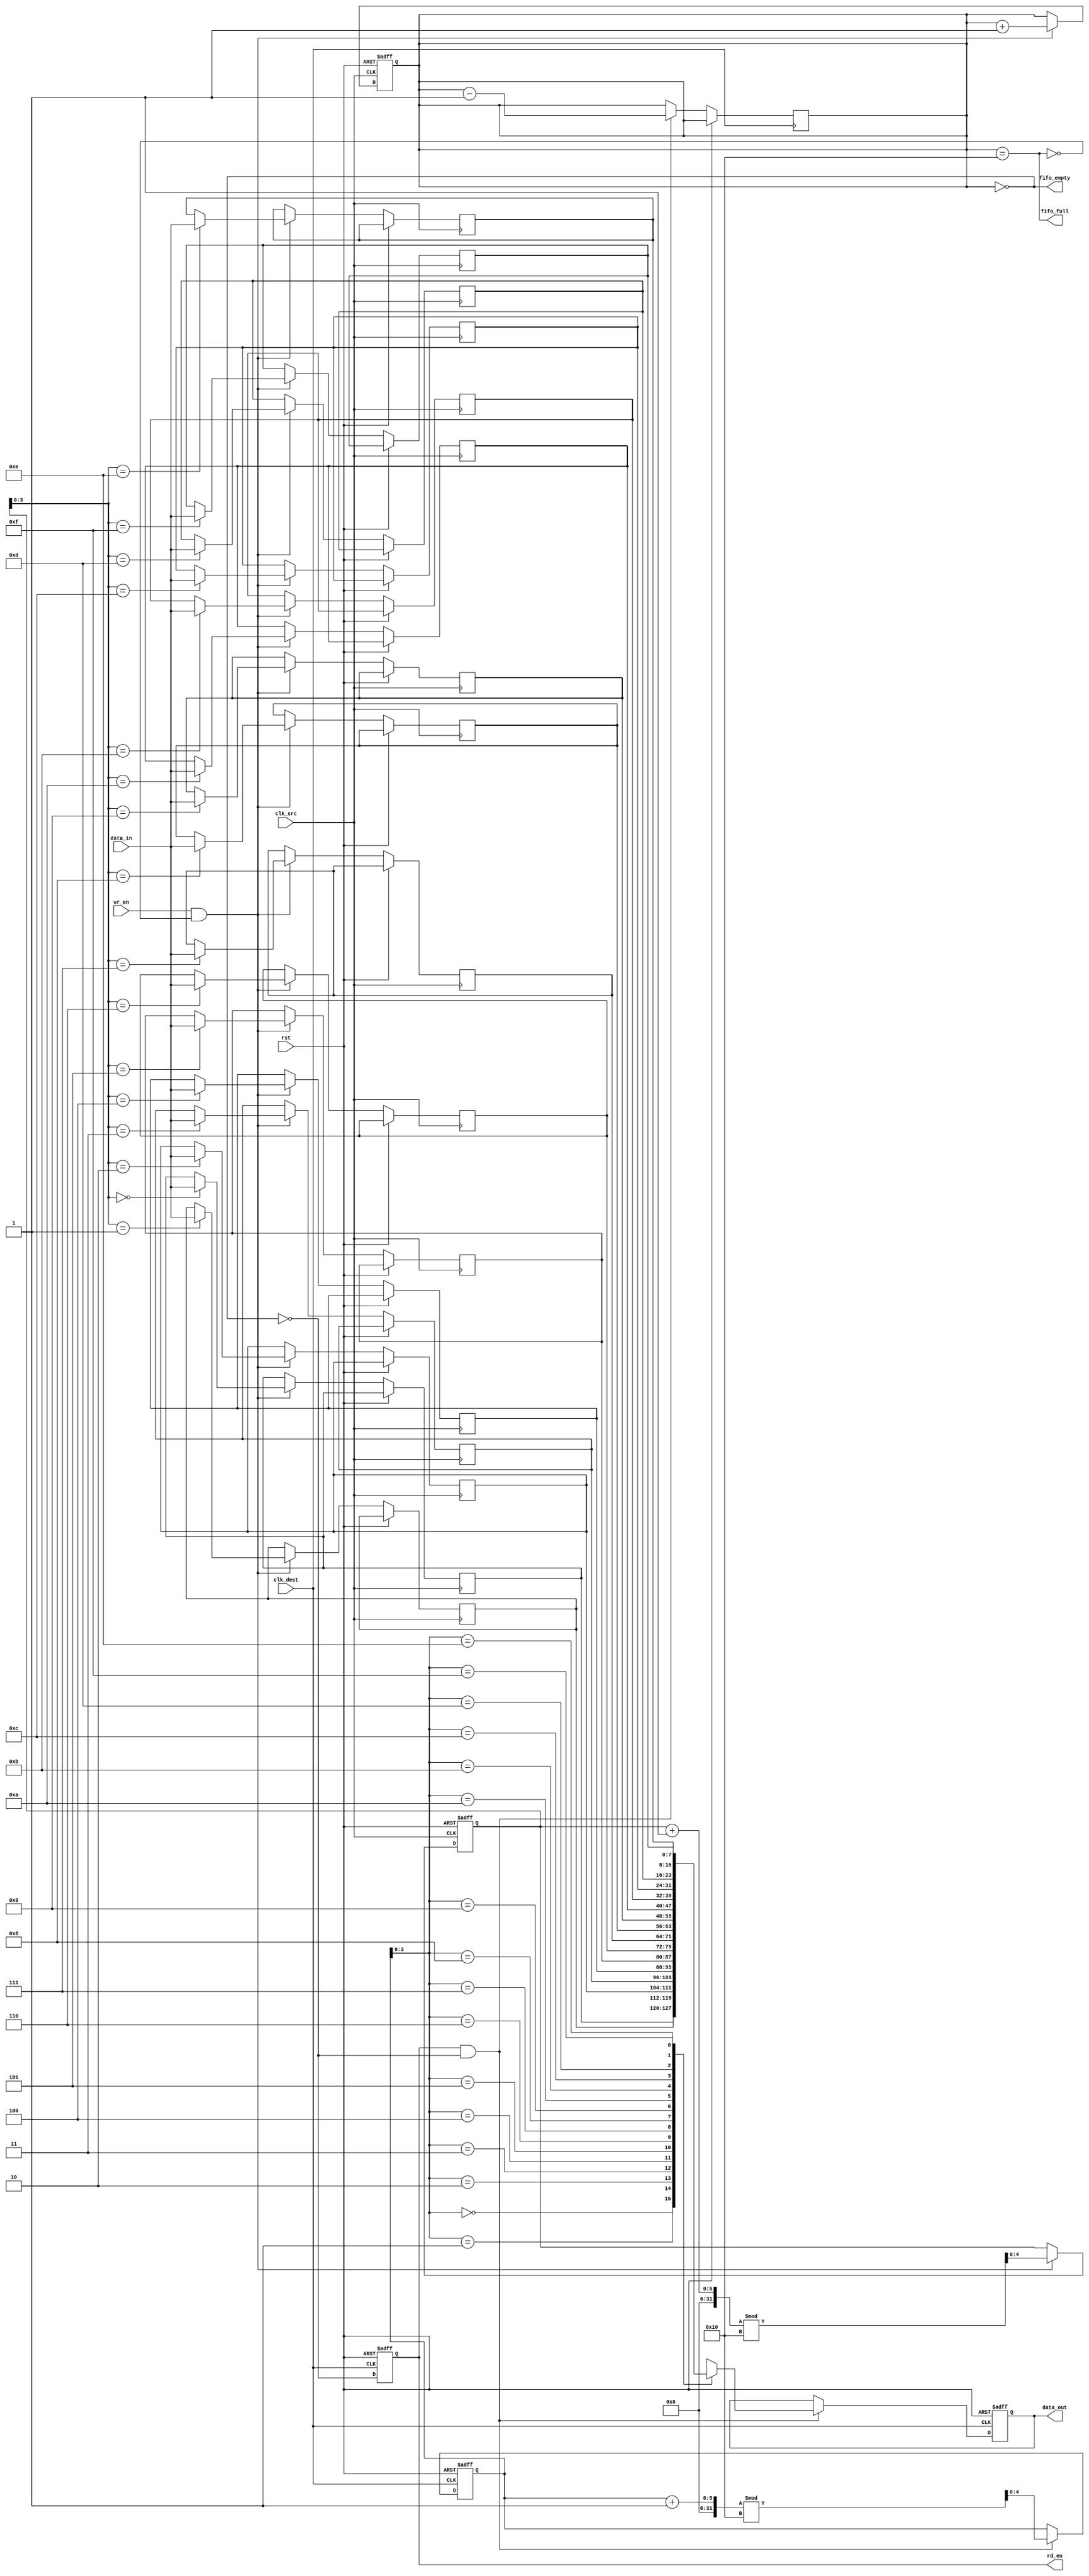
module fifo_synchronizer #(
    parameter DATA_WIDTH = 8,  // Width of the data
    parameter FIFO_DEPTH = 16   // Depth of the FIFO
)(
    input wire clk_src,         // Source clock
    input wire clk_dest,        // Destination clock
    input wire rst,             // Asynchronous reset
    input wire wr_en,           // Write enable signal
    input wire [DATA_WIDTH-1:0] data_in, // Data input
    output wire rd_en,          // Read enable signal
    output wire [DATA_WIDTH-1:0] data_out, // Data output
    output wire fifo_full,      // FIFO full status
    output wire fifo_empty       // FIFO empty status
);

    // FIFO buffer
    reg [DATA_WIDTH-1:0] fifo_mem [0:FIFO_DEPTH-1];
    reg [4:0] wr_ptr;          // Write pointer
    reg [4:0] rd_ptr;          // Read pointer
    reg [4:0] count;           // Number of items in FIFO

    // Write logic (source clock domain)
    always @(posedge clk_src or posedge rst) begin
        if (rst) begin
            wr_ptr <= 0;
            count <= 0;
        end else if (wr_en && !fifo_full) begin
            fifo_mem[wr_ptr] <= data_in;
            wr_ptr <= (wr_ptr + 1) % FIFO_DEPTH;
            count <= count + 1;
        end
    end

    // Read logic (destination clock domain)
    reg [DATA_WIDTH-1:0] data_out_reg;
    always @(posedge clk_dest or posedge rst) begin
        if (rst) begin
            rd_ptr <= 0;
            data_out_reg <= 0;
        end else if (rd_en && !fifo_empty) begin
            data_out_reg <= fifo_mem[rd_ptr];
            rd_ptr <= (rd_ptr + 1) % FIFO_DEPTH;
            count <= count - 1;
        end
    end

    // Status signals
    assign fifo_full = (count == FIFO_DEPTH);
    assign fifo_empty = (count == 0);
    assign data_out = data_out_reg;

    // Handshaking logic
    reg rd_en_reg;
    always @(posedge clk_dest or posedge rst) begin
        if (rst) begin
            rd_en_reg <= 0;
        end else begin
            rd_en_reg <= !fifo_empty; // Assert read enable if FIFO is not empty
        end
    end

    assign rd_en = rd_en_reg;

endmodule